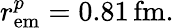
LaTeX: r_{\mathrm{em}}^{p}=0.81\, \mathrm{fm}.